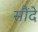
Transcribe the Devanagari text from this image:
सौंदे